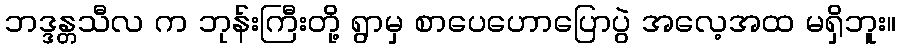
ဘဒ္ဒန္တသီလ က ဘုန်းကြီးတို့ ရွာမှ စာပေဟောပြောပွဲ အလေ့အထ မရှိဘူး။